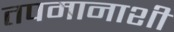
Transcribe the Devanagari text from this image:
तपमानाशी